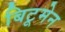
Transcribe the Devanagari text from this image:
बिटूमेन